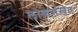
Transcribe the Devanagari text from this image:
लोकसंखेत